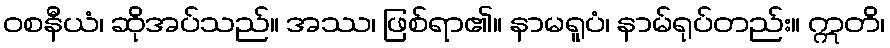
ဝစနီယံ၊ ဆိုအပ်သည်။ အဿ၊ ဖြစ်ရာ၏။ နာမရူပံ၊ နာမ်ရုပ်တည်း။ ဣတိ၊